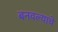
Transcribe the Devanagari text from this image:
बनवल्याचे